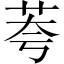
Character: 荂